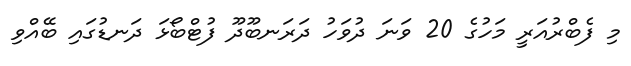
މި ފެބްރުއަރީ މަހުގެ 20 ވަނަ ދުވަހު ދަރަނބޫދޫ ފުޓްބޯޅަ ދަނޑުގައި ބޭއްވި